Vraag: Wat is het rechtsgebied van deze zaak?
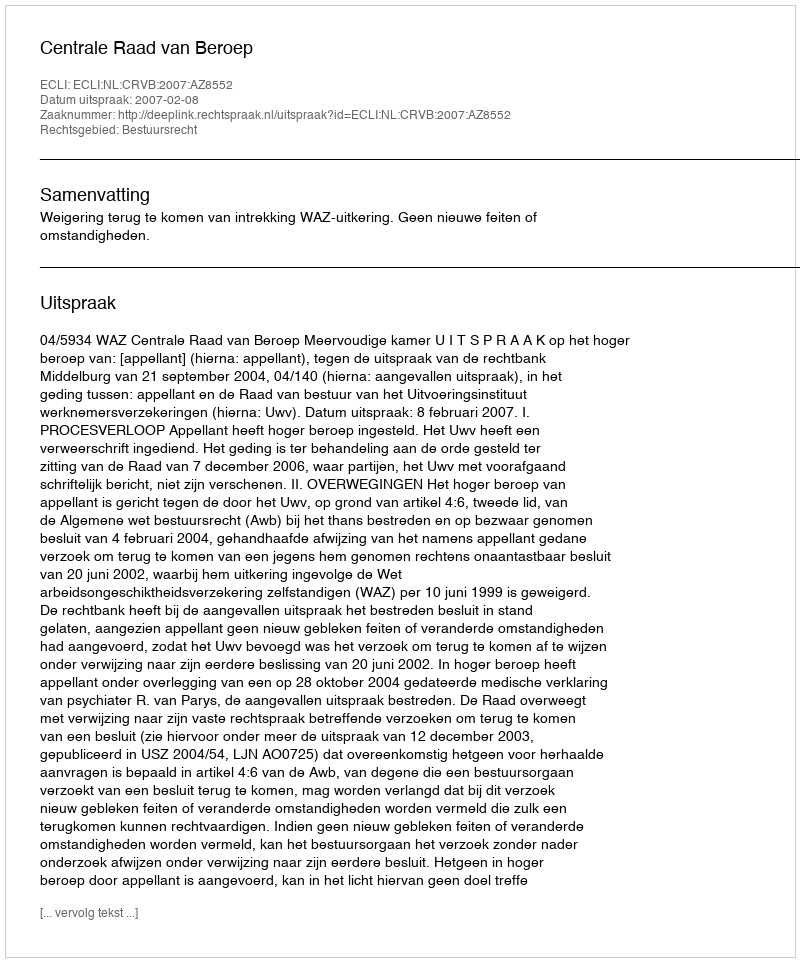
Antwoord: Bestuursrecht